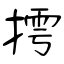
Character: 摴